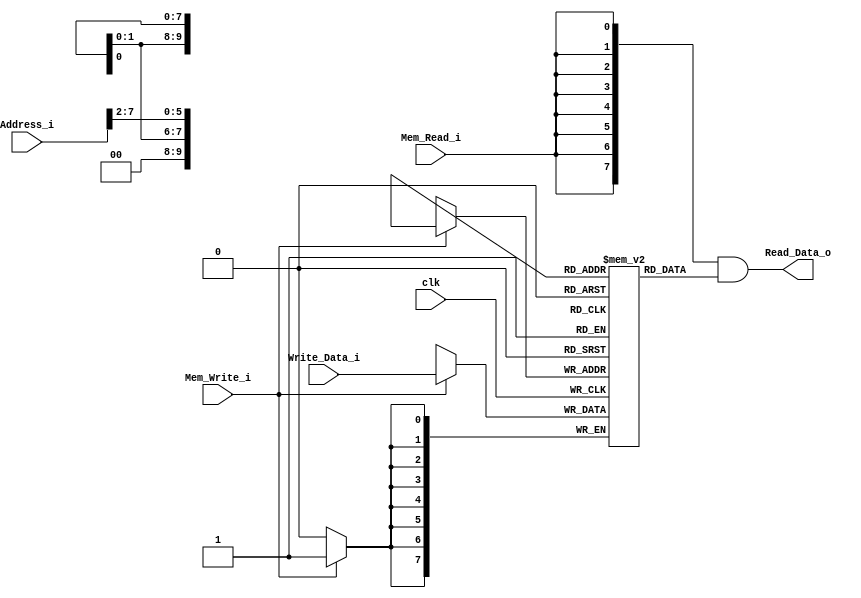
/******************************************************************
* Description
*	This is the data memory for the RISC-V processor
*	1.0
* Author:
*	Dr. Jos Luis Pizano Escalante
* email:
*	luispizano@iteso.mx
* Date:
*	16/08/2021
******************************************************************/

module Data_Memory 
#(	parameter DATA_WIDTH = 8,
	parameter MEMORY_DEPTH = 1024

)
(
	input clk,
	input Mem_Write_i,
	input Mem_Read_i,
	input [DATA_WIDTH-1:0] Write_Data_i,
	input [DATA_WIDTH-1:0]  Address_i,

	output  [DATA_WIDTH-1:0]  Read_Data_o
);
	
wire [DATA_WIDTH-1 : 0] real_address;	

assign real_address = {2'b0, Address_i[15:2]};
	
	// Declare the RAM variable
	reg [DATA_WIDTH-1:0] ram[MEMORY_DEPTH-1:0];
	wire [DATA_WIDTH-1:0] read_data_aux;

	always @ (posedge clk)
	begin
		// Write
		if (Mem_Write_i)
			ram[real_address] <= Write_Data_i;
	end
	
	assign read_data_aux = ram[real_address];
	
  	assign Read_Data_o = { DATA_WIDTH { Mem_Read_i } } & read_data_aux;

endmodule